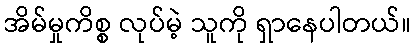
အိမ်မှုကိစ္စ လုပ်မဲ့ သူကို ရှာနေပါတယ်။